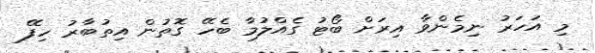
މި އަހަރު ނިމެންވާ އިރަށް ބޯޓު ގެއްލުމާ ބެހޭ ގޮތުން އިތުބާރު ހިފޭ